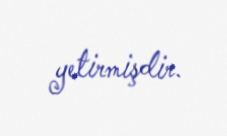
yetirmişdir.